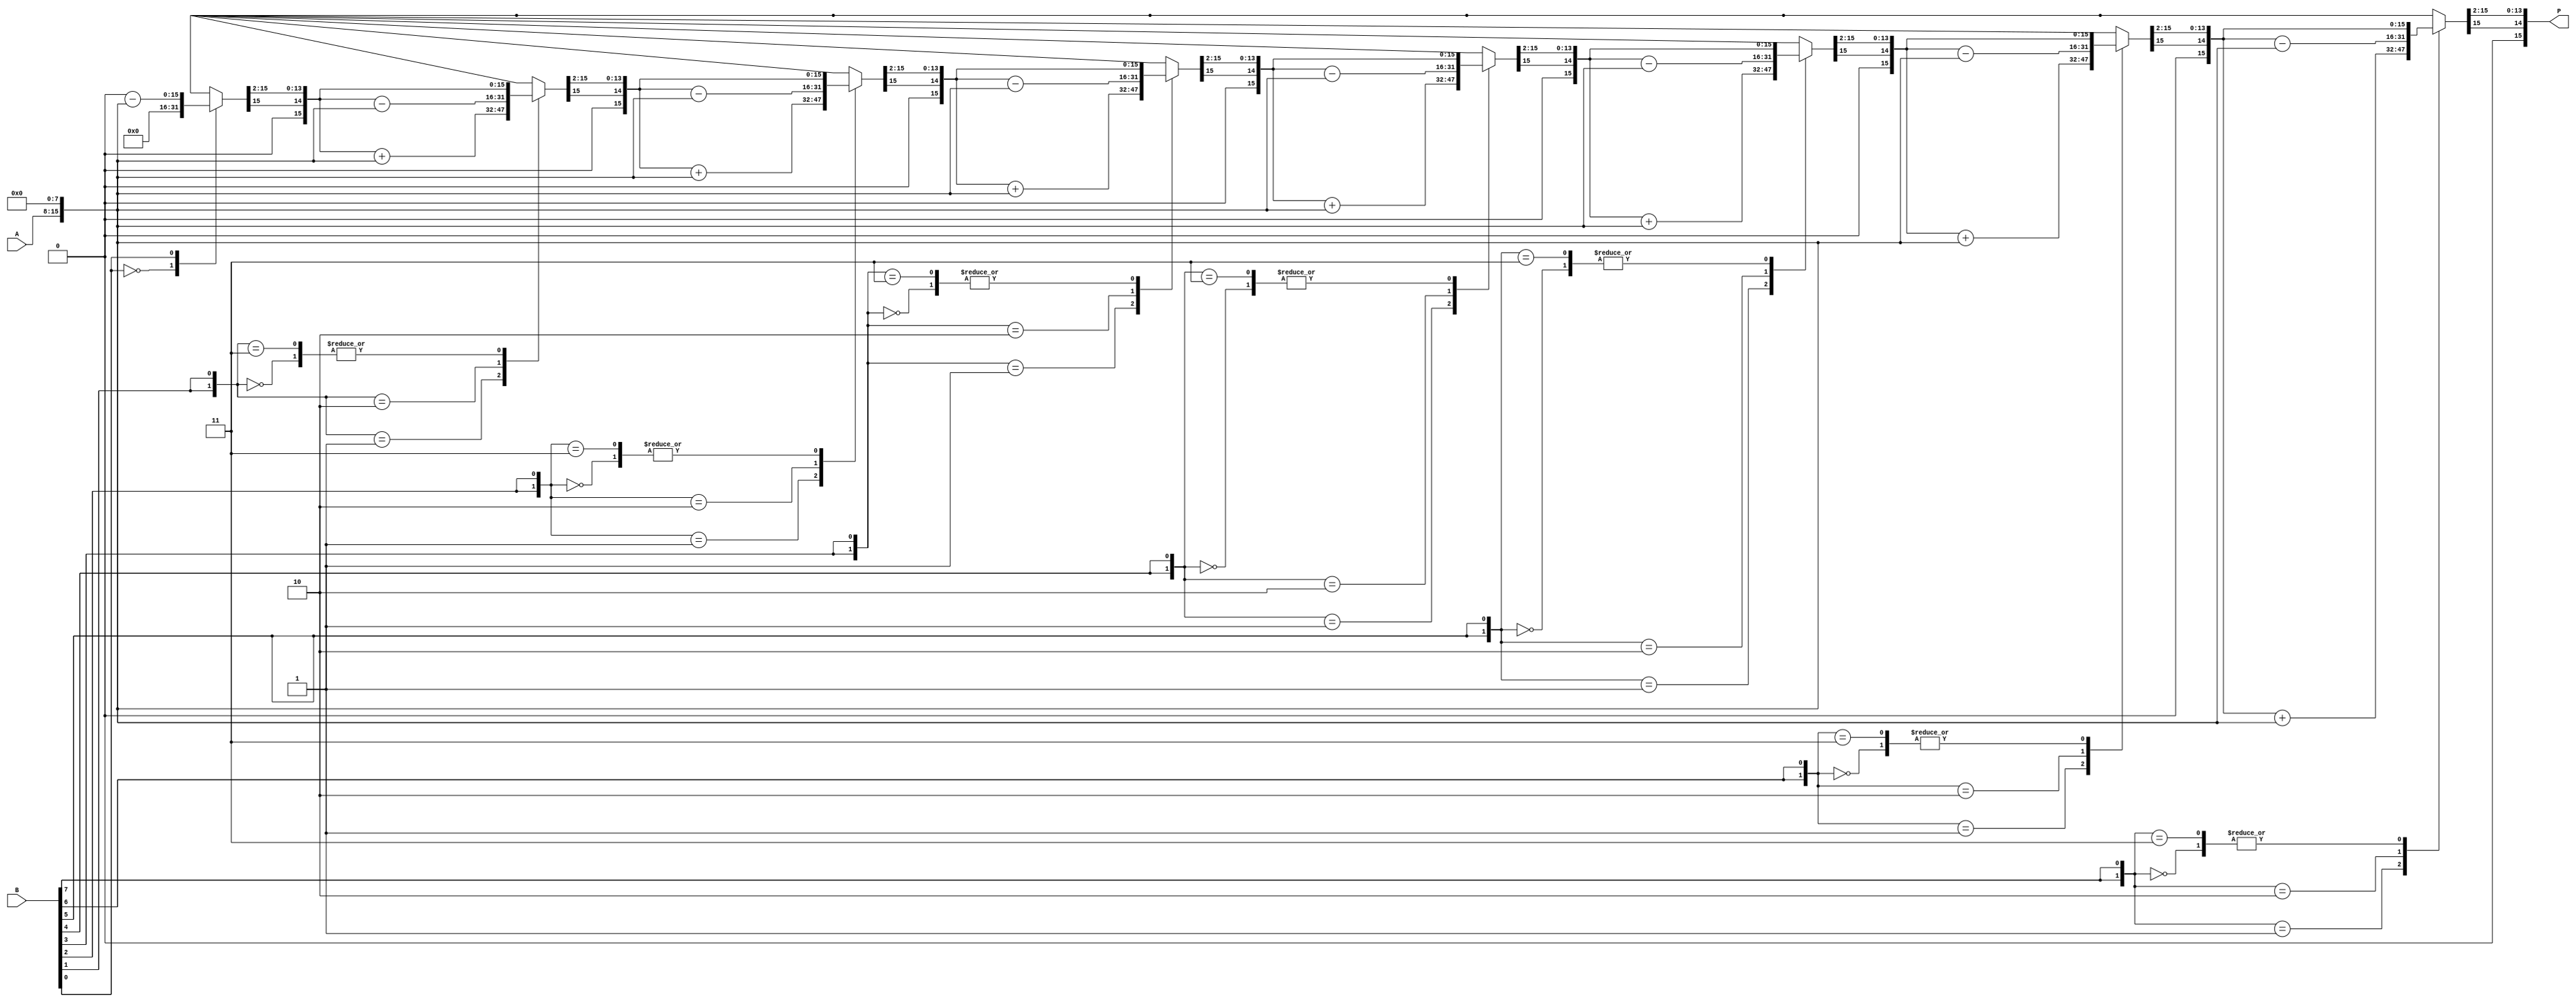
module booth_multiplier #(parameter WIDTH = 8) (
    input signed [WIDTH-1:0] A, // Multiplicand
    input signed [WIDTH-1:0] B, // Multiplier
    output reg signed [2*WIDTH-1:0] P // Product
);

    reg signed [WIDTH-1:0] M; // Multiplicand
    reg signed [WIDTH-1:0] Q; // Multiplier
    reg Q_1; // Previous bit of multiplier
    reg signed [2*WIDTH-1:0] A_ext; // Extended multiplicand
    integer i;

    always @(*) begin
        // Initialization
        M = A;
        Q = B;
        Q_1 = 1'b0; // Initialize Q-1 to 0
        P = 0; // Initialize product to 0
        A_ext = {M, {WIDTH{1'b0}}}; // Extend M to match product size

        // Main loop for Booth's algorithm
        for (i = 0; i < WIDTH; i = i + 1) begin
            case ({Q[0], Q_1})
                2'b00: begin
                    // No action, just shift
                end
                2'b01: begin
                    // Add M to P
                    P = P + A_ext;
                end
                2'b10: begin
                    // Subtract M from P
                    P = P - A_ext;
                end
                2'b11: begin
                    // No action, just shift
                end
            endcase

            // Arithmetic right shift
            {P, Q, Q_1} = {P[2*WIDTH-1], P[2*WIDTH-1:1], Q[WIDTH-1:1], Q[0]}; // Shift P and Q
            Q_1 = Q[0]; // Update Q-1
        end
    end
endmodule